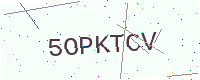
Text: 5OPKTCV